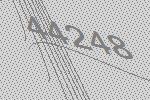
44248